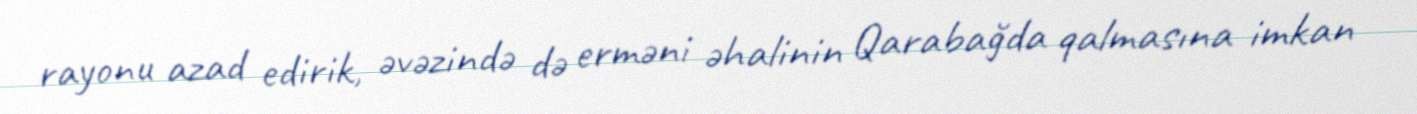
rayonu azad edirik, əvəzində də erməni əhalinin Qarabağda qalmasına imkan